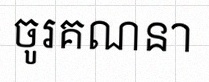
ចូរគណនា